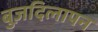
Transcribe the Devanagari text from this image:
बुज़दिलापन